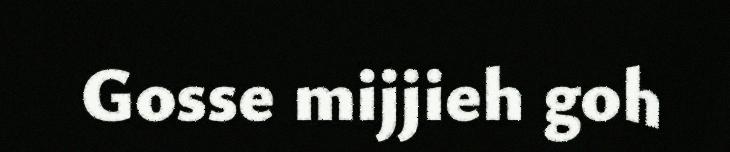
Gosse mijjieh goh